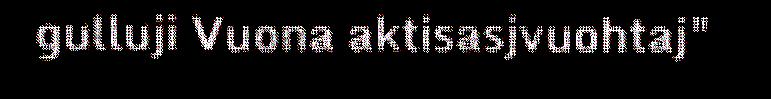
gulluji Vuona aktisasjvuohtaj"